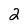
Character: 2